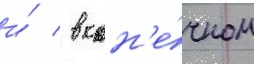
и́ / в кон'е́чном